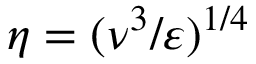
\eta = ( \nu ^ { 3 } / \varepsilon ) ^ { 1 / 4 }